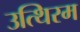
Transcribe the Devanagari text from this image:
उत्थिरम